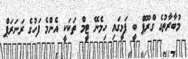
މުބާރާތުގެ ގްރޫޕް ބީ ފަޅީގައި ހިމެނޭ ޓީމް ތަކަކީ އެންމެ ފަހުގެ ރަނަރަޕް